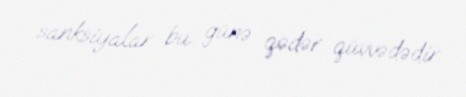
sanksiyalar bu günə qədər qüvvədədir.